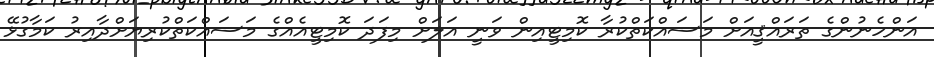
އަންހެނުންގެ ތަރައްޤީއަށް މަސައްކަތްކުރާ ކޮމިޓީއިން ވަނީ އަލަށް މިފަދަ ކޮމިޓީއެއްގެ މަސައްކަތްކުރިޔަށްދާއިރު ކަމާގުޅޭ